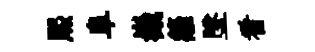
熙阜嶻籬墜看